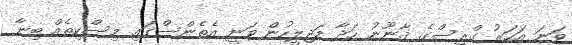
ވަނަ އަހަރު ގްރީސްގެ ޤާނޫނު ހަދާ މަޖިލީހުން ވަނީ އެތެންސްގައި މިސްކިތެއް ބިނާ